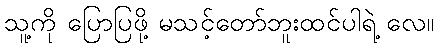
သူ့ကို ပြောပြဖို့ မသင့်တော်ဘူးထင်ပါရဲ့ လေ။